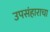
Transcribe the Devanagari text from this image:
उपसंहाराचा